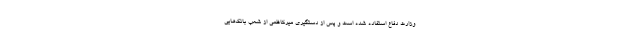
وزارت دفاع استفاده شده است و پس از دستگیری میرکاظمی از شعب بانک‌هایی